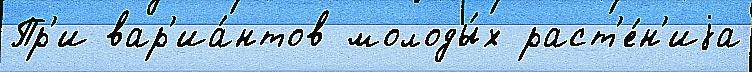
Пр'и вар'иа́нтов молоды́х раст'е́н'иjа